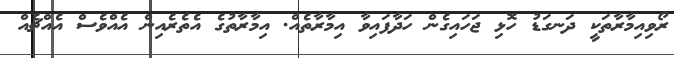
ރޯވިއިމާރާތަކީ ދަނގަޑު ހޮޅި ޖަހައިގެން ހަދާފައިވާ އިމާރާތެއް. އިމާރާތުގެ އެތެރެއިން އެއްވެސް އެއްޗެއް